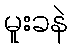
မူးခနဲ